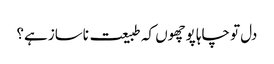
دل تو چاہا پوچھوں کہ طبیعت ناساز ہے؟